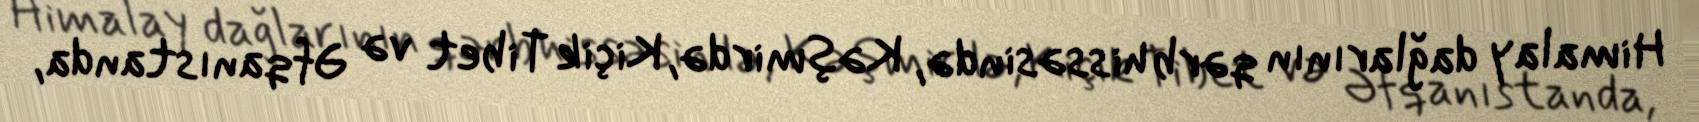
Himalay dağlarının qərb hissəsində, Kəşmirdə, Kiçik Tibet və Əfqanıstanda,